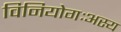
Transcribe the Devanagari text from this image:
विनियोगःअस्य